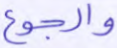
والجوع